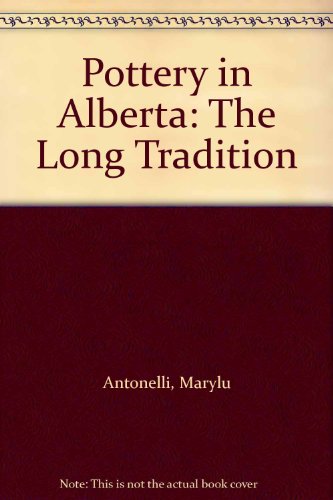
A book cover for Pottery in Alberta: The Long Tradition; Marylu Antonelli; Arts & Photography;